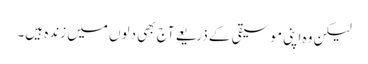
لیکن وہ اپنی موسیقی کے ذریعے آج بھی دلوں میں زندہ ہیں۔